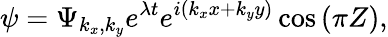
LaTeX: \psi=\Psi_{k_{x},k_{y}}e^{\lambda t}e^{i\left(k_{x}x+k_{y}y\right)}\cos\left(\pi Z\right),